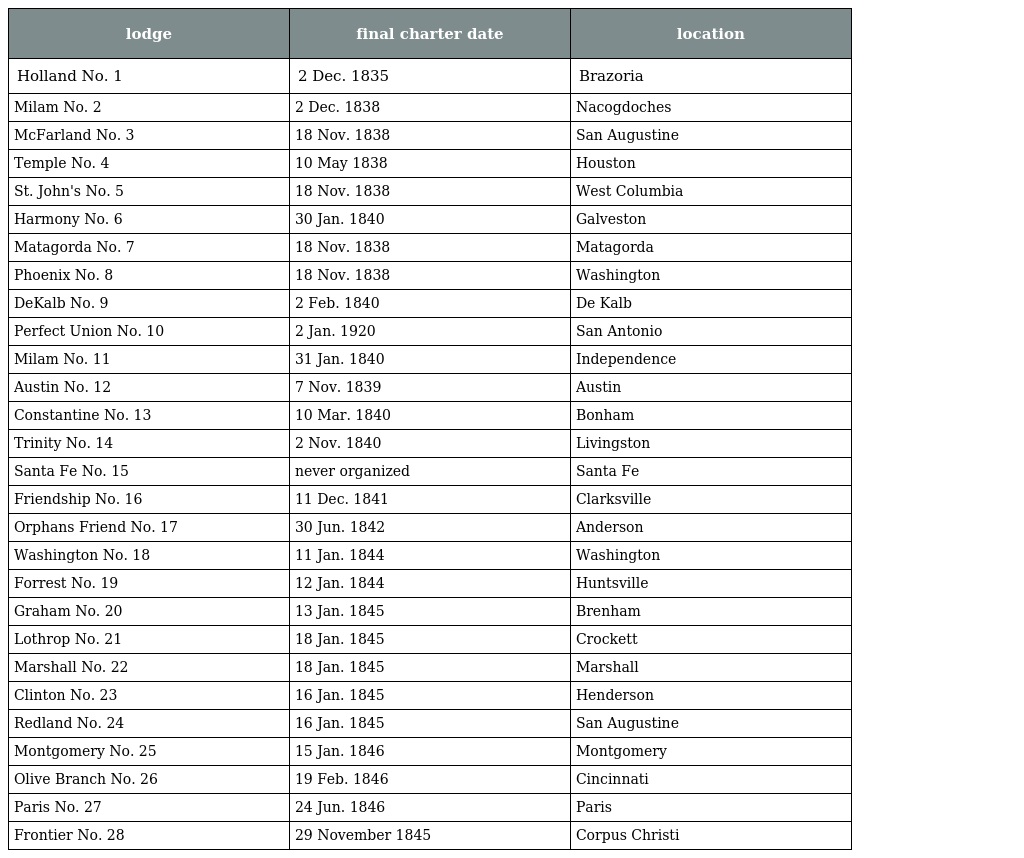
| lodge | final charter date | location |
 | --- | --- | --- |
 | Holland No. 1 | 2 Dec. 1835 | Brazoria |
 | Milam No. 2 | 2 Dec. 1838 | Nacogdoches |
 | McFarland No. 3 | 18 Nov. 1838 | San Augustine |
 | Temple No. 4 | 10 May 1838 | Houston |
 | St. John's No. 5 | 18 Nov. 1838 | West Columbia |
 | Harmony No. 6 | 30 Jan. 1840 | Galveston |
 | Matagorda No. 7 | 18 Nov. 1838 | Matagorda |
 | Phoenix No. 8 | 18 Nov. 1838 | Washington |
 | DeKalb No. 9 | 2 Feb. 1840 | De Kalb |
 | Perfect Union No. 10 | 2 Jan. 1920 | San Antonio |
 | Milam No. 11 | 31 Jan. 1840 | Independence |
 | Austin No. 12 | 7 Nov. 1839 | Austin |
 | Constantine No. 13 | 10 Mar. 1840 | Bonham |
 | Trinity No. 14 | 2 Nov. 1840 | Livingston |
 | Santa Fe No. 15 | never organized | Santa Fe |
 | Friendship No. 16 | 11 Dec. 1841 | Clarksville |
 | Orphans Friend No. 17 | 30 Jun. 1842 | Anderson |
 | Washington No. 18 | 11 Jan. 1844 | Washington |
 | Forrest No. 19 | 12 Jan. 1844 | Huntsville |
 | Graham No. 20 | 13 Jan. 1845 | Brenham |
 | Lothrop No. 21 | 18 Jan. 1845 | Crockett |
 | Marshall No. 22 | 18 Jan. 1845 | Marshall |
 | Clinton No. 23 | 16 Jan. 1845 | Henderson |
 | Redland No. 24 | 16 Jan. 1845 | San Augustine |
 | Montgomery No. 25 | 15 Jan. 1846 | Montgomery |
 | Olive Branch No. 26 | 19 Feb. 1846 | Cincinnati |
 | Paris No. 27 | 24 Jun. 1846 | Paris |
 | Frontier No. 28 | 29 November 1845 | Corpus Christi |